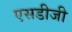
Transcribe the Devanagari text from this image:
एसडीजी